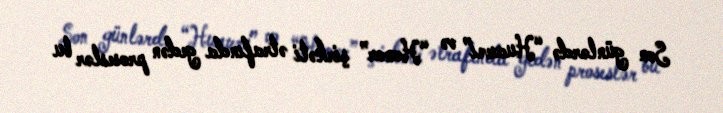
Son günlərdə “Huawei” və “Honor” şirkəti ətrafında gedən proseslər bu